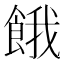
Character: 餓